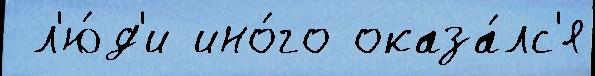
 л'ю́д'и ино́го оказа́лс'я